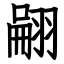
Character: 翤